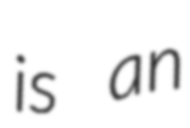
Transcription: is an